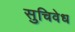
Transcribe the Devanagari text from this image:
सुचिवेध